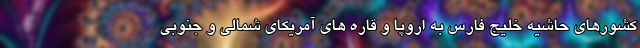
کشورهای حاشیه خلیج فارس به اروپا و قاره های آمریکای شمالی و جنوبی